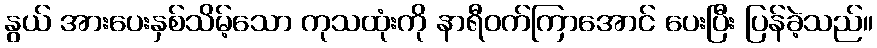
နွယ် အားပေးနှစ်သိမ့်သော ကုသထုံးကို နာရီဝက်ကြာအောင် ပေးပြီး ပြန်ခဲ့သည်။